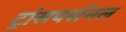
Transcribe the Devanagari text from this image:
ट्रांसपर्सनल